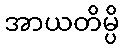
အာယတိမ္ပိ